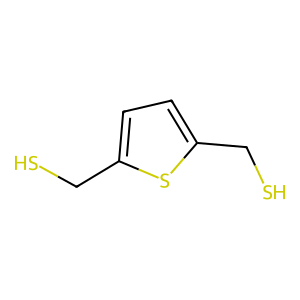
SMILES: SCc1ccc(CS)s1
Inhibits HIV replication: No